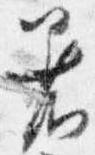
着